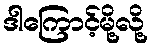
ဒါကြောင့်မို့လို့